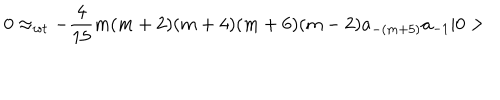
0 \approx _ { w t } - \frac { 4 } { 1 5 } m ( m + 2 ) ( m + 4 ) ( m + 6 ) ( m - 2 ) a _ { - ( m + 5 ) } a _ { - 1 } \vert 0 >